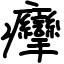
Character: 癴